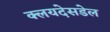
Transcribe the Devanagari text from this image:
क्लयदेसडेल